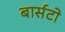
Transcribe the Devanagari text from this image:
बार्सटो